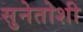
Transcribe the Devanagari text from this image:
सुनेतोशी